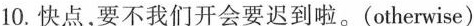
10.快点，要不我们开会要迟到啦。(otherwise)